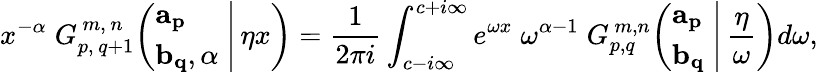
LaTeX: x^{-\alpha}\; G_{p,\, q+1}^{\, m,\, n}\! \left(\left.{\begin{array}{l}{\mathbf{a_{p}}}\\ {\mathbf{b_{q}},\alpha}\end{array}}\; \right|\, \eta x\right)={\frac{1}{2\pi i}}\int_{c-i\infty}^{c+i\infty}e^{\omega x}\; \omega^{\alpha-1}\; G_{p,q}^{\, m,n}\! \left(\left.{\begin{array}{l}{\mathbf{a_{p}}}\\ {\mathbf{b_{q}}}\end{array}}\; \right|\, {\frac{\eta}{\omega}}\right)d\omega,